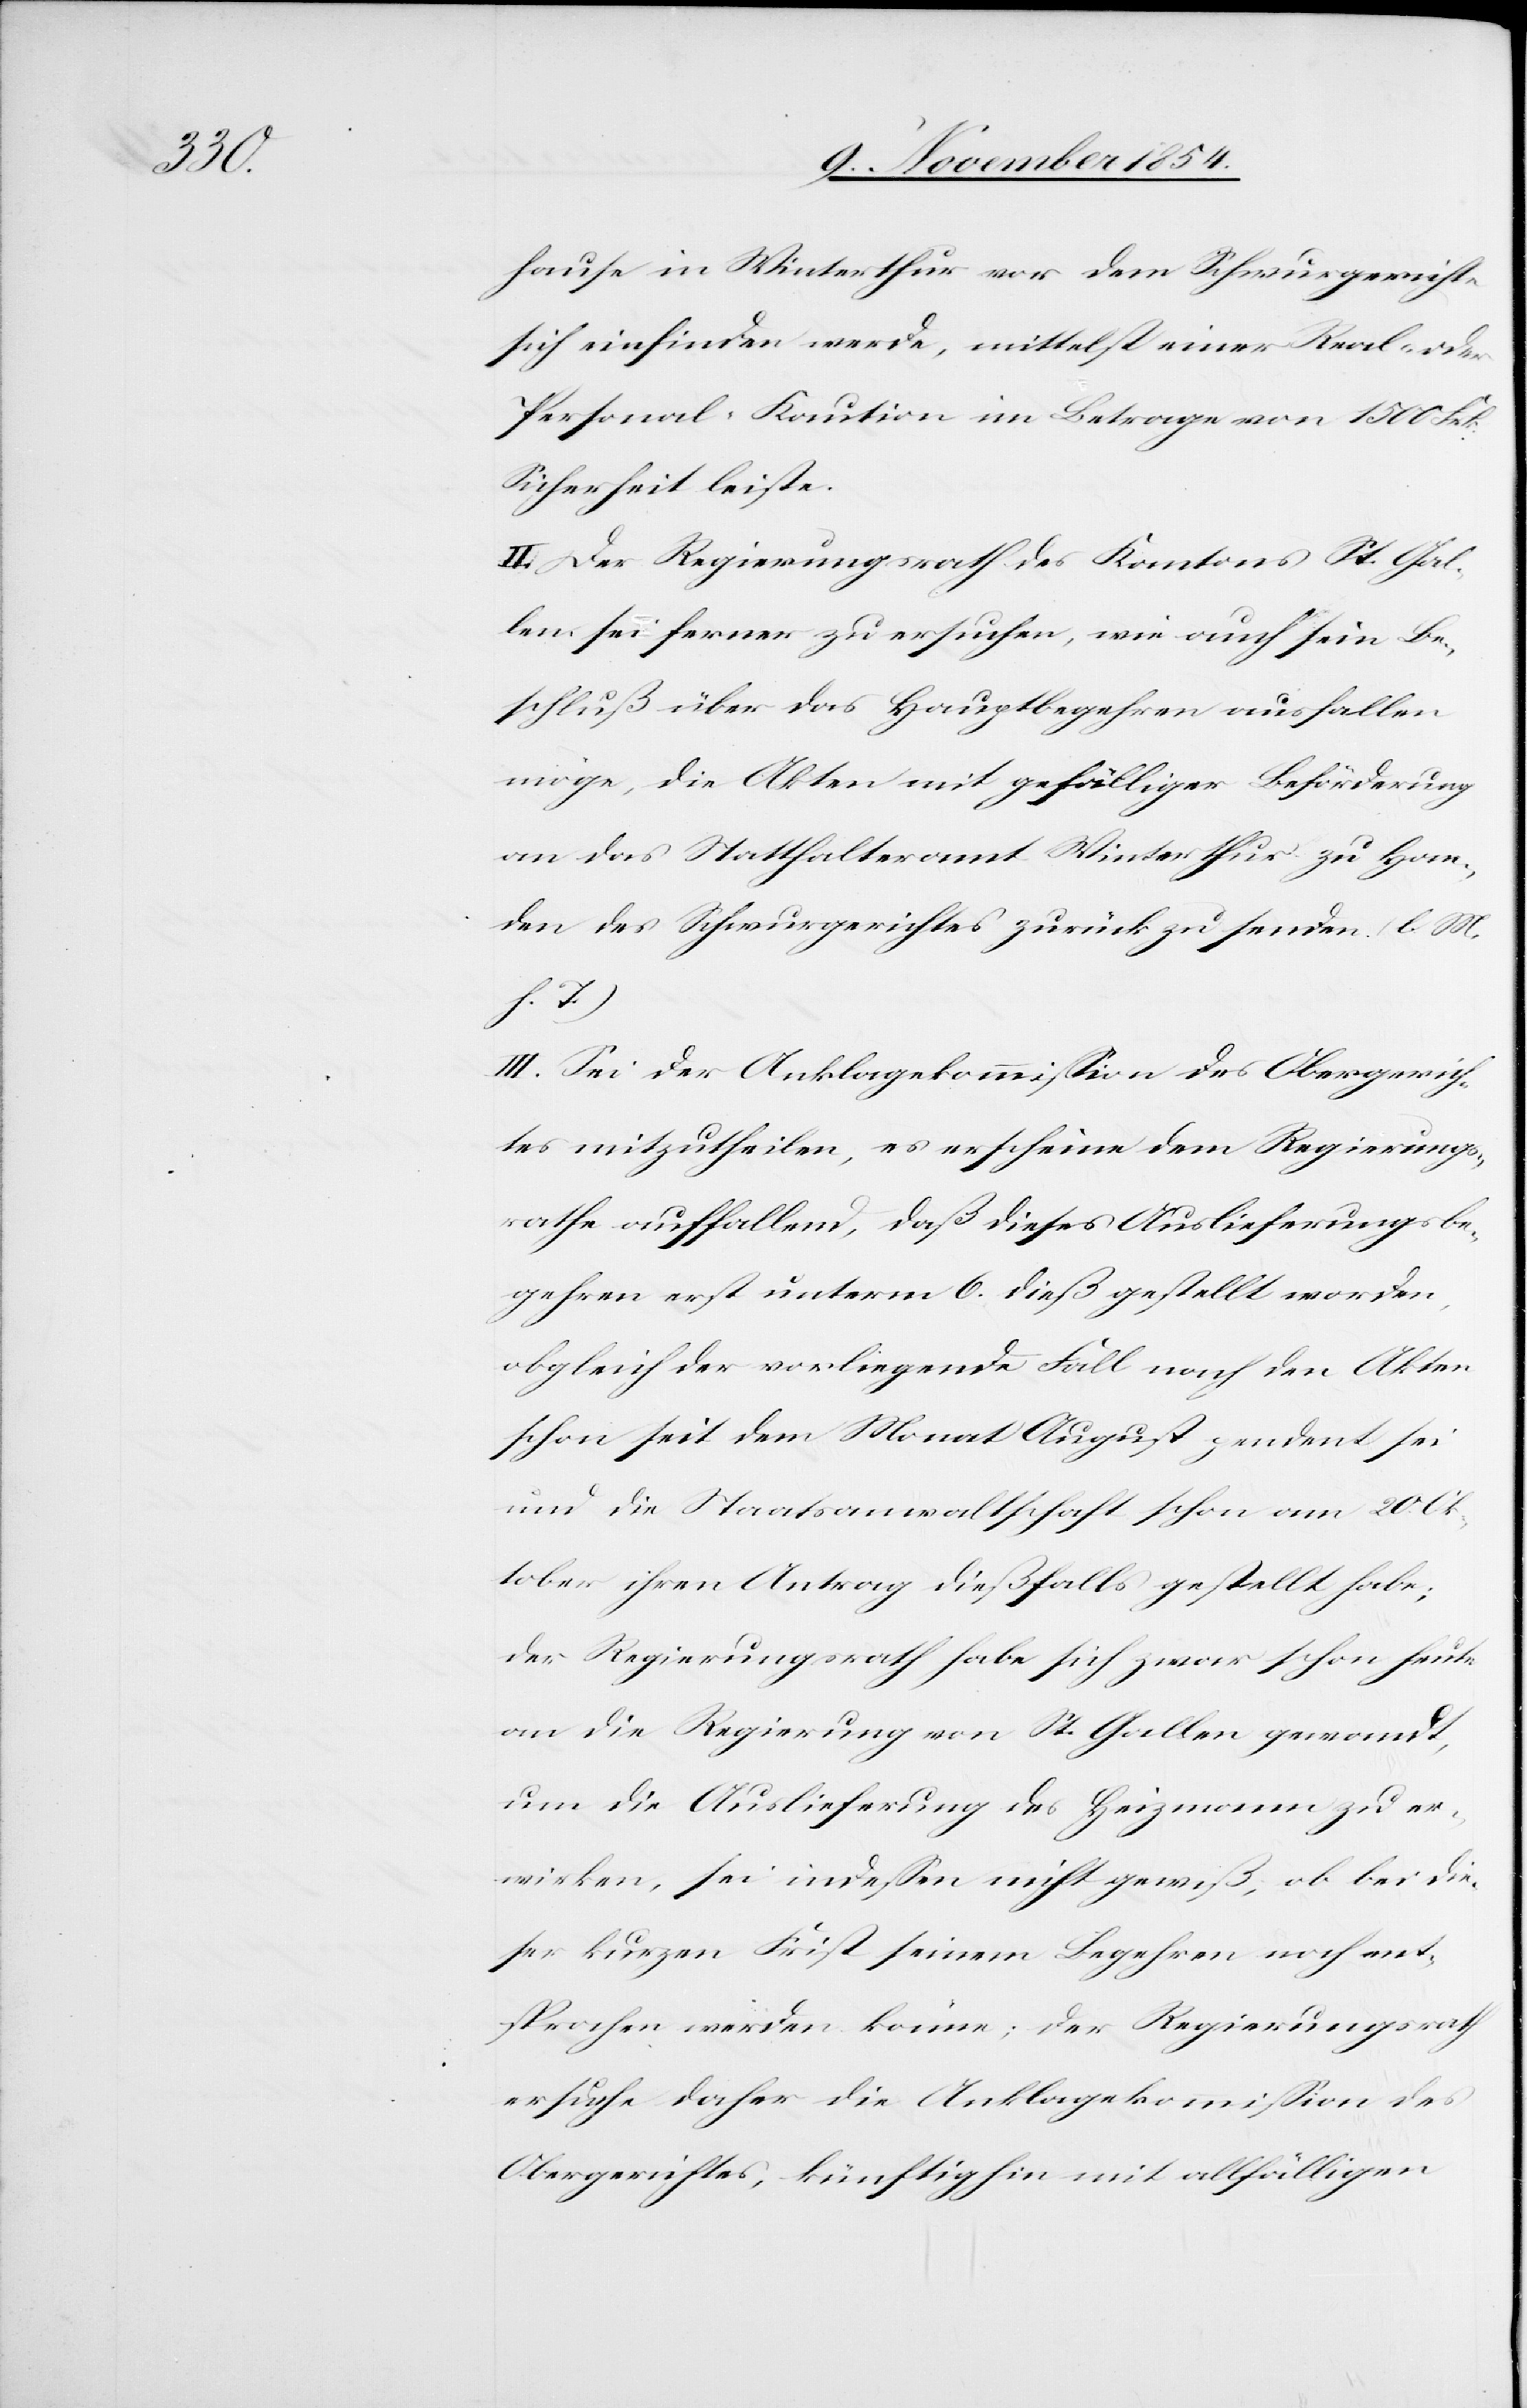
hause in Winterthur vor dem Schwurgerichte
sich einfinden werde, mittelst einer Real- oder
Personal-Kaution im Betrage von 1500 Frk.
Sicherheit leiste.
II. Der Regierungsrath des Kantons St. Gal¬
len sei ferner zu ersuchen, wie auch sein Be¬
schluß über das Hautbegehren ausfallen
möge, die Akten mit gefälliger Beförderung
an das Statthalteramt Winterthur zu Han¬
den des Schwurgerichtes zurück zu senden. (l. M.
h. T.)
III. Sei der Anklagekommißion des Obergerich¬
ts mitzutheilen, es erscheine dem Regierungs¬
rathe auffallend, daß dieses Auslieferungsbe¬
gehren erst unterm 6. dieß gestellt worden,
obgleich der vorliegende Fall nach den Akten
schon seit dem Monat August pendent sei
und die Staatsanwaltschaft schon am 20. Ok¬
tober ihren Antrag dießfalls gestellt habe;
der Regierungsrath habe sich zwar schon heute
an die Regierung von St. Gallen gewandt,
um die Auslieferung des Heizmann zu er¬
wirken, sei indeßen nicht gewiß, ob bei die¬
ser kurzen Frist seinem Begehren noch ent¬
sprochen werden könne; der Regierungsrath
ersuche daher die Anklagekommißion des
Obergerichtes, künftighin mit allfälligen